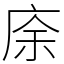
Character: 庩